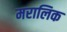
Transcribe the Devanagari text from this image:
मरालिक